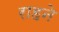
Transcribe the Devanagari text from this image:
राहने